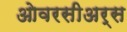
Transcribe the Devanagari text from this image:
ओवरसीअर्स